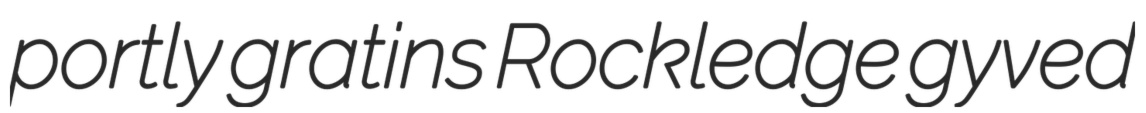
portly gratins Rockledge gyved